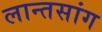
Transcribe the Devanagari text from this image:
लान्तसांग